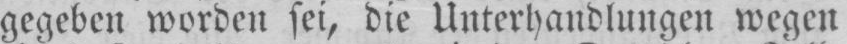
gegeben worden sei, die Unterhandlungen wegen